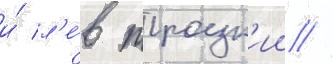
и́ л'е́в троцк'ии //